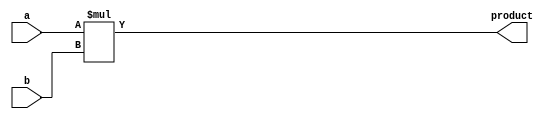
module multiplier (
    input wire [7:0] a,
    input wire [7:0] b,
    output reg [15:0] product
);

always @(*) begin
    product = a * b;
end

endmodule